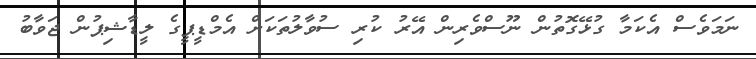
ނަމަވެސް އެކަމާ ގުޅޭގޮތުން ނޫސްވެރިން އޭރު ކުރި ސުވާލުތަކަށް އެމްޑީޕީގެ ލީޑާޝިޕުން ޖަވާބު